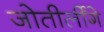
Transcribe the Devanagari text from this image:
जोतीर्लींगे